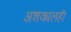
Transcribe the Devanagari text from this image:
अशक्यलही